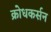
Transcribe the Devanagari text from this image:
क्रोधकर्सन